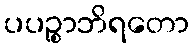
ပပဉ္စာဘိရတော